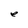
Character: e